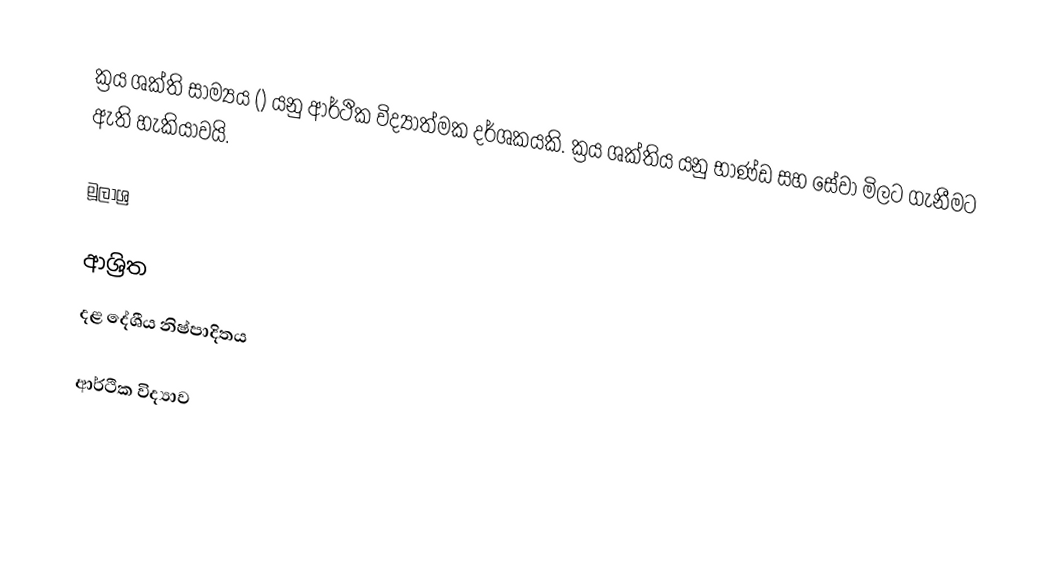
ක්‍රය ශක්ති සාම්‍යය () යනු ආර්ථික විද්‍යාත්මක දර්ශකයකි. ක්‍රය ශක්තිය යනු භාණ්ඩ සහ සේවා මිලට ගැනීමට ඇති හැකියාවයි.

මූලාශ්‍ර

ආශ්‍රිත
 දළ දේශීය නිෂ්පාදිතය

ආර්ථික විද්‍යාව